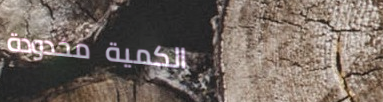
الكمية محدودة